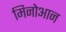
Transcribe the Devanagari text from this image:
मिनोआन